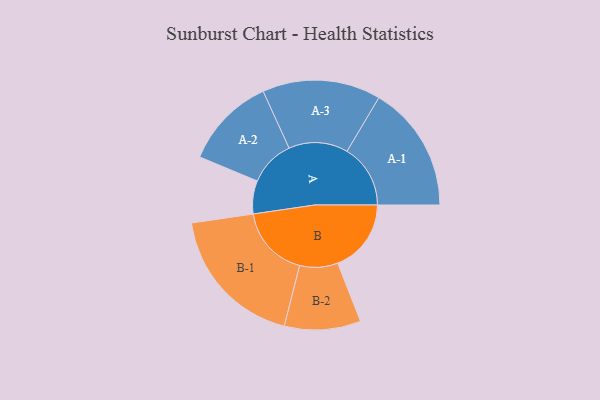
{"axis": {"x": "Segment", "y": "Value"}, "legend": ["", "A", "B"], "data": [{"x": "A", "y": 132, "type": ""}, {"x": "B", "y": 293, "type": ""}, {"x": "A-1", "y": 253, "type": "A"}, {"x": "A-2", "y": 183, "type": "A"}, {"x": "A-3", "y": 236, "type": "A"}, {"x": "B-1", "y": 288, "type": "B"}, {"x": "B-2", "y": 152, "type": "B"}]}